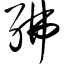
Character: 绋